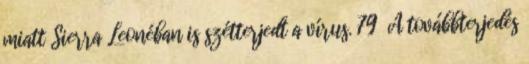
miatt Sierra Leonéban is szétterjedt a vírus. 79 A továbbterjedés